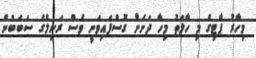
މިހާރު ޕާޓިގެ މި ހާލަތު މިހާ ދަށަށް ގޮސްފައިވަނީ ވެސް ރަނިލްގެ ސަބަބުން